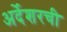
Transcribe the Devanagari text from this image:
अर्देशरची